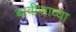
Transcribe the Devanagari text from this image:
बावीसाव्या